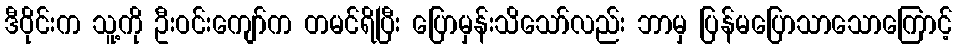
ဒီဝိုင်းက သူ့ကို ဦးဝင်းကျော်က တမင်ရိပြီး ပြောမှန်းသိသော်လည်း ဘာမှ ပြန်မပြောသာသောကြောင့်